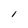
Character: l